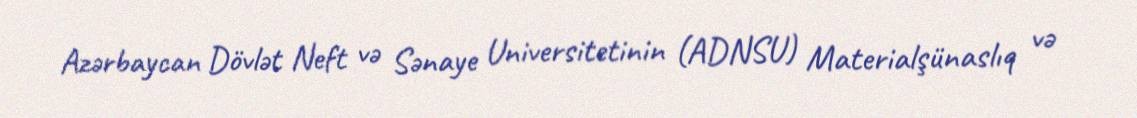
Azərbaycan Dövlət Neft və Sənaye Universitetinin (ADNSU) Materialşünaslıq və